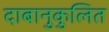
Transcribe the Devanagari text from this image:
दाबानुकुलित